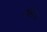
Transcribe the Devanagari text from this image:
मस्‍तिष्‍क